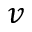
v